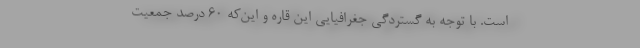
است. با توجه به گستردگی جغرافیایی این قاره و این‌که ۶۰ درصد جمعیت